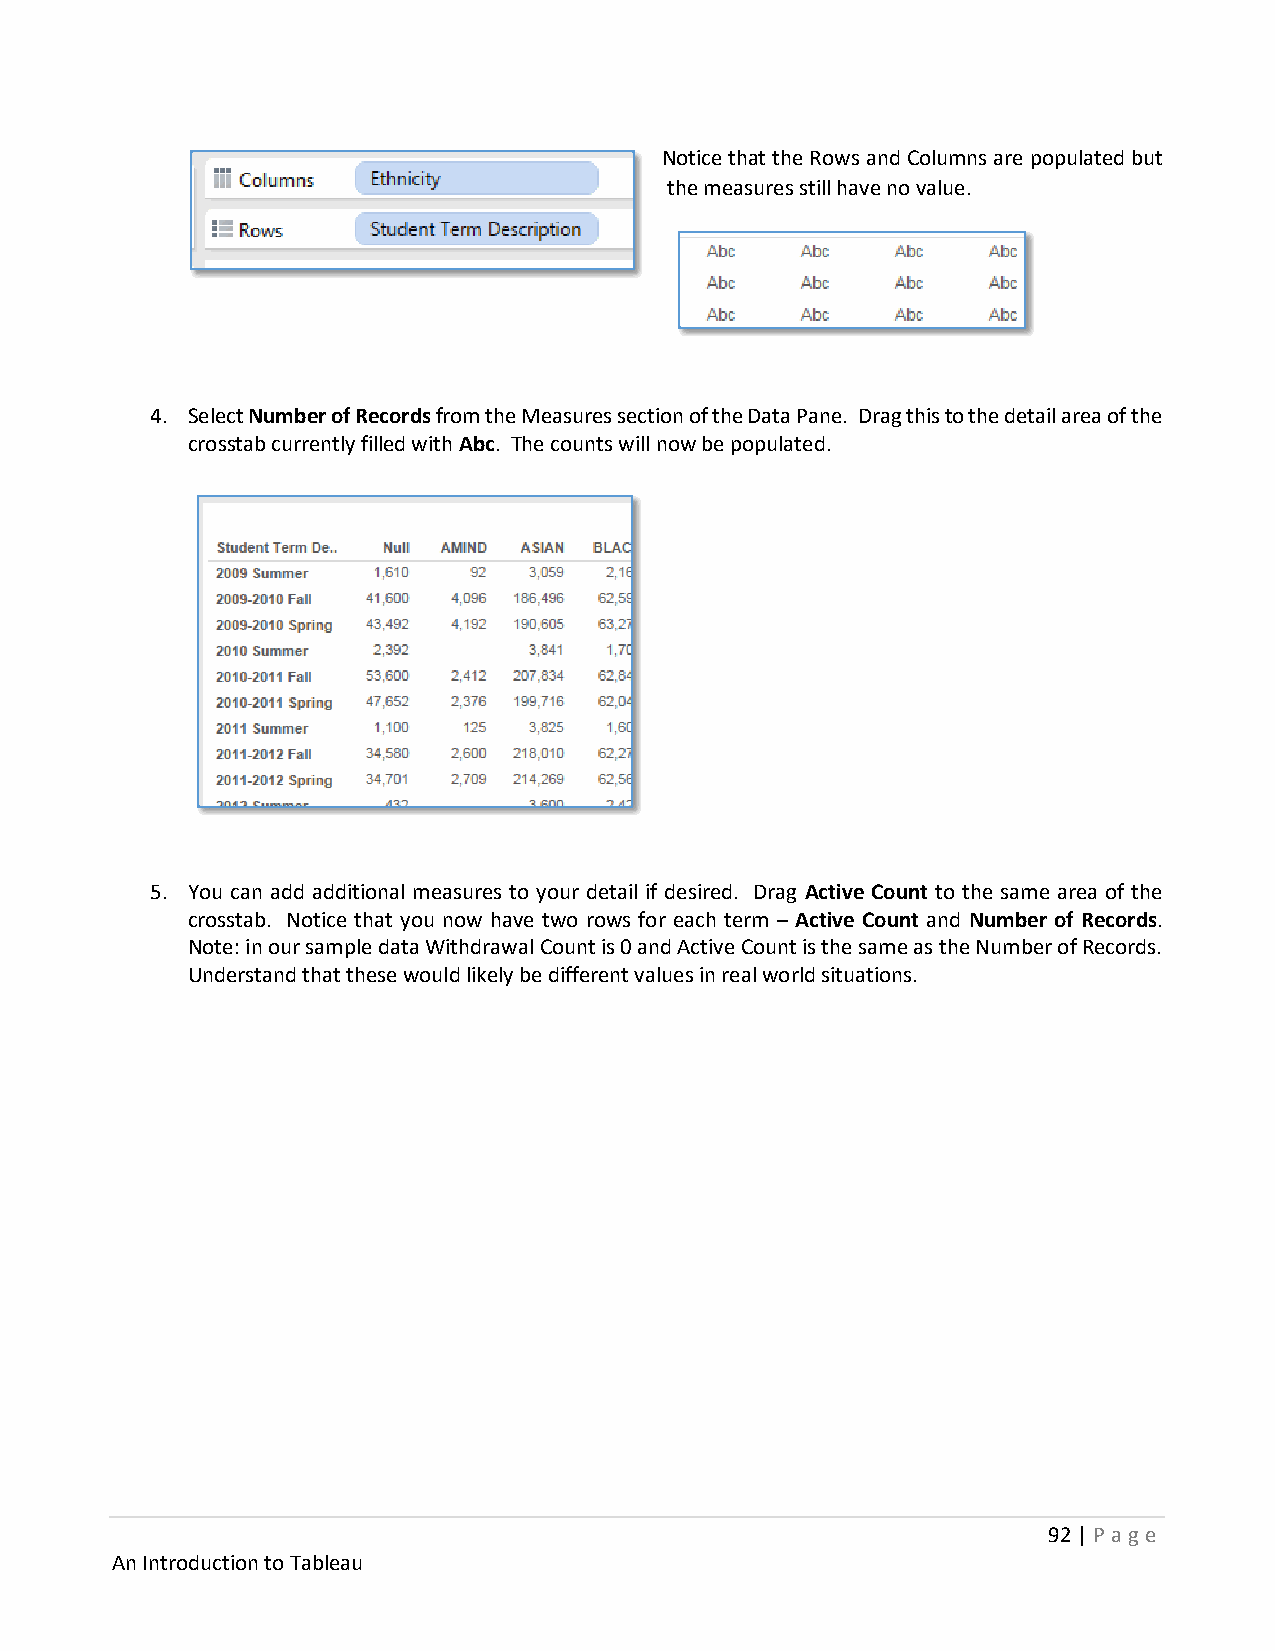
Notice that the Rows and Columns are populated but
 the measures still have no value.
 4. Select Number of Records from the Measures section of the Data Pane. Drag this to the detail area of the
 crosstab currently filled with Abc. The counts will now be populated.
 5. You can add additional measures to your detail if desired. Drag Active Count to the same area of the
 crosstab. Notice that you now have two rows for each term – Active Count and Number of Records.
 Note: in our sample data Withdrawal Count is 0 and Active Count is the same as the Number of Records.
 Understand that these would likely be different values in real world situations.
 92 | P age
 An Introduction to Tableau